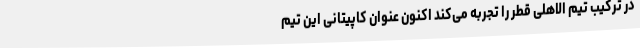
در ترکیب تیم الاهلی قطر را تجربه می‌کند اکنون عنوان کاپیتانی این تیم